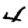
Digit: 4